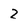
Character: 2